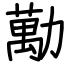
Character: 勱